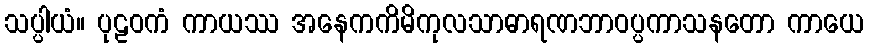
သပ္ပါယံ။ ပုဠဝကံ ကာယဿ အနေကကိမိကုလသာဓာရဏဘာဝပ္ပကာသနတော ကာယေ